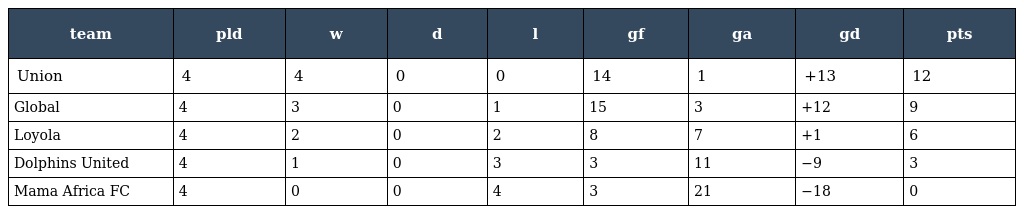
| team | pld | w | d | l | gf | ga | gd | pts |
 | --- | --- | --- | --- | --- | --- | --- | --- | --- |
 | Union | 4 | 4 | 0 | 0 | 14 | 1 | +13 | 12 |
 | Global | 4 | 3 | 0 | 1 | 15 | 3 | +12 | 9 |
 | Loyola | 4 | 2 | 0 | 2 | 8 | 7 | +1 | 6 |
 | Dolphins United | 4 | 1 | 0 | 3 | 3 | 11 | −9 | 3 |
 | Mama Africa FC | 4 | 0 | 0 | 4 | 3 | 21 | −18 | 0 |